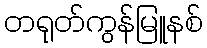
တရုတ်ကွန်မြူနစ်